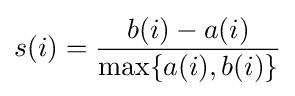
s(i)={\frac {b(i)-a(i)}{\max\{a(i),b(i)\}}}